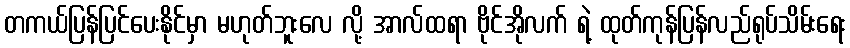
တကယ်ပြန်ပြင်ပေးနိုင်မှာ မဟုတ်ဘူးလေ လို့ အာလ်ထရာ ဗိုင်အိုလက် ရဲ့ ထုတ်ကုန်ပြန်လည်ရုပ်သိမ်းရေး